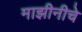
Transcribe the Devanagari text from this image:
माझीनीचे